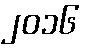
၂၀၁၆